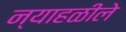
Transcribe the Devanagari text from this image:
न्याहळीले